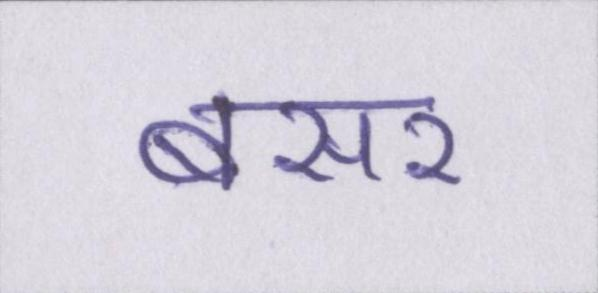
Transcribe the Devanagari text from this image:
बसर